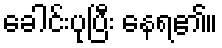
ခေါင်းပုပြီး နေရ၏။